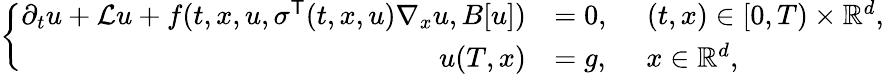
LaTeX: \begin{array}{r}{\left\{ \begin{array}{rl}{\partial_{t}u+\mathcal Lu+f(t,x,u,\sigma^{\mathsf{T}}(t,x,u)\nabla_{x}u,B[u])}&{=0,\quad\; (t,x)\in[0,T)\times\mathbb R^{d},}\\ {u(T,x)}&{=g,\quad\; x\in\mathbb R^{d},}\end{array}\right.}\end{array}